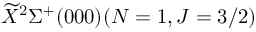
\widetilde { X } ^ { 2 } \Sigma ^ { + } ( 0 0 0 ) ( N = 1 , J = 3 / 2 )